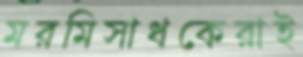
মরমিসাধকেরাই